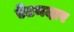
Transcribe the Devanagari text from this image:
ऐंठनदार